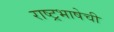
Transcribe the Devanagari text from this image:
राष्ट्रभाषेची